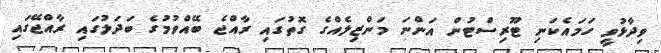
ވިދާޅުވީ ހަމައެކަނި ޓޫރިސްޓުން އަންނަ މަންޒިލެއްގެ ގޮތުގައި ރާއްޖެ ބޭއްވުމުގެ ބަދަލުގައި ރާއްޖޭގައި